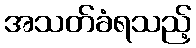
အသတ်ခံရသည့်